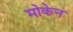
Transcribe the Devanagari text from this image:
मोकेन